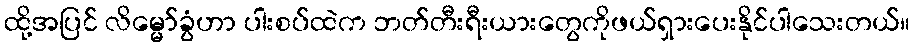
ထို့အပြင် လိမ္မော်ခွံဟာ ပါးစပ်ထဲက ဘတ်တီးရီးယားတွေကိုဖယ်ရှားပေးနိုင်ပါသေးတယ်။